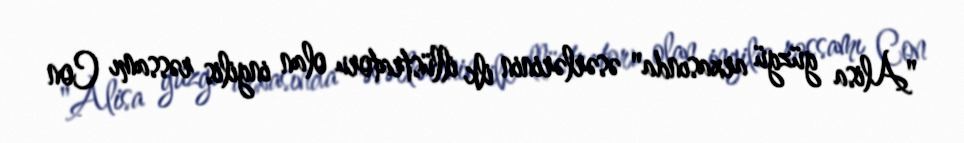
"Alisa güzgü arxasında" əsərlərinin ilk illüstratoru olan ingilis rəssamı Con